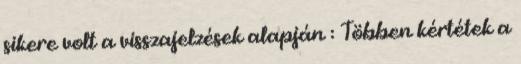
sikere volt a visszajelzések alapján : Többen kértétek a